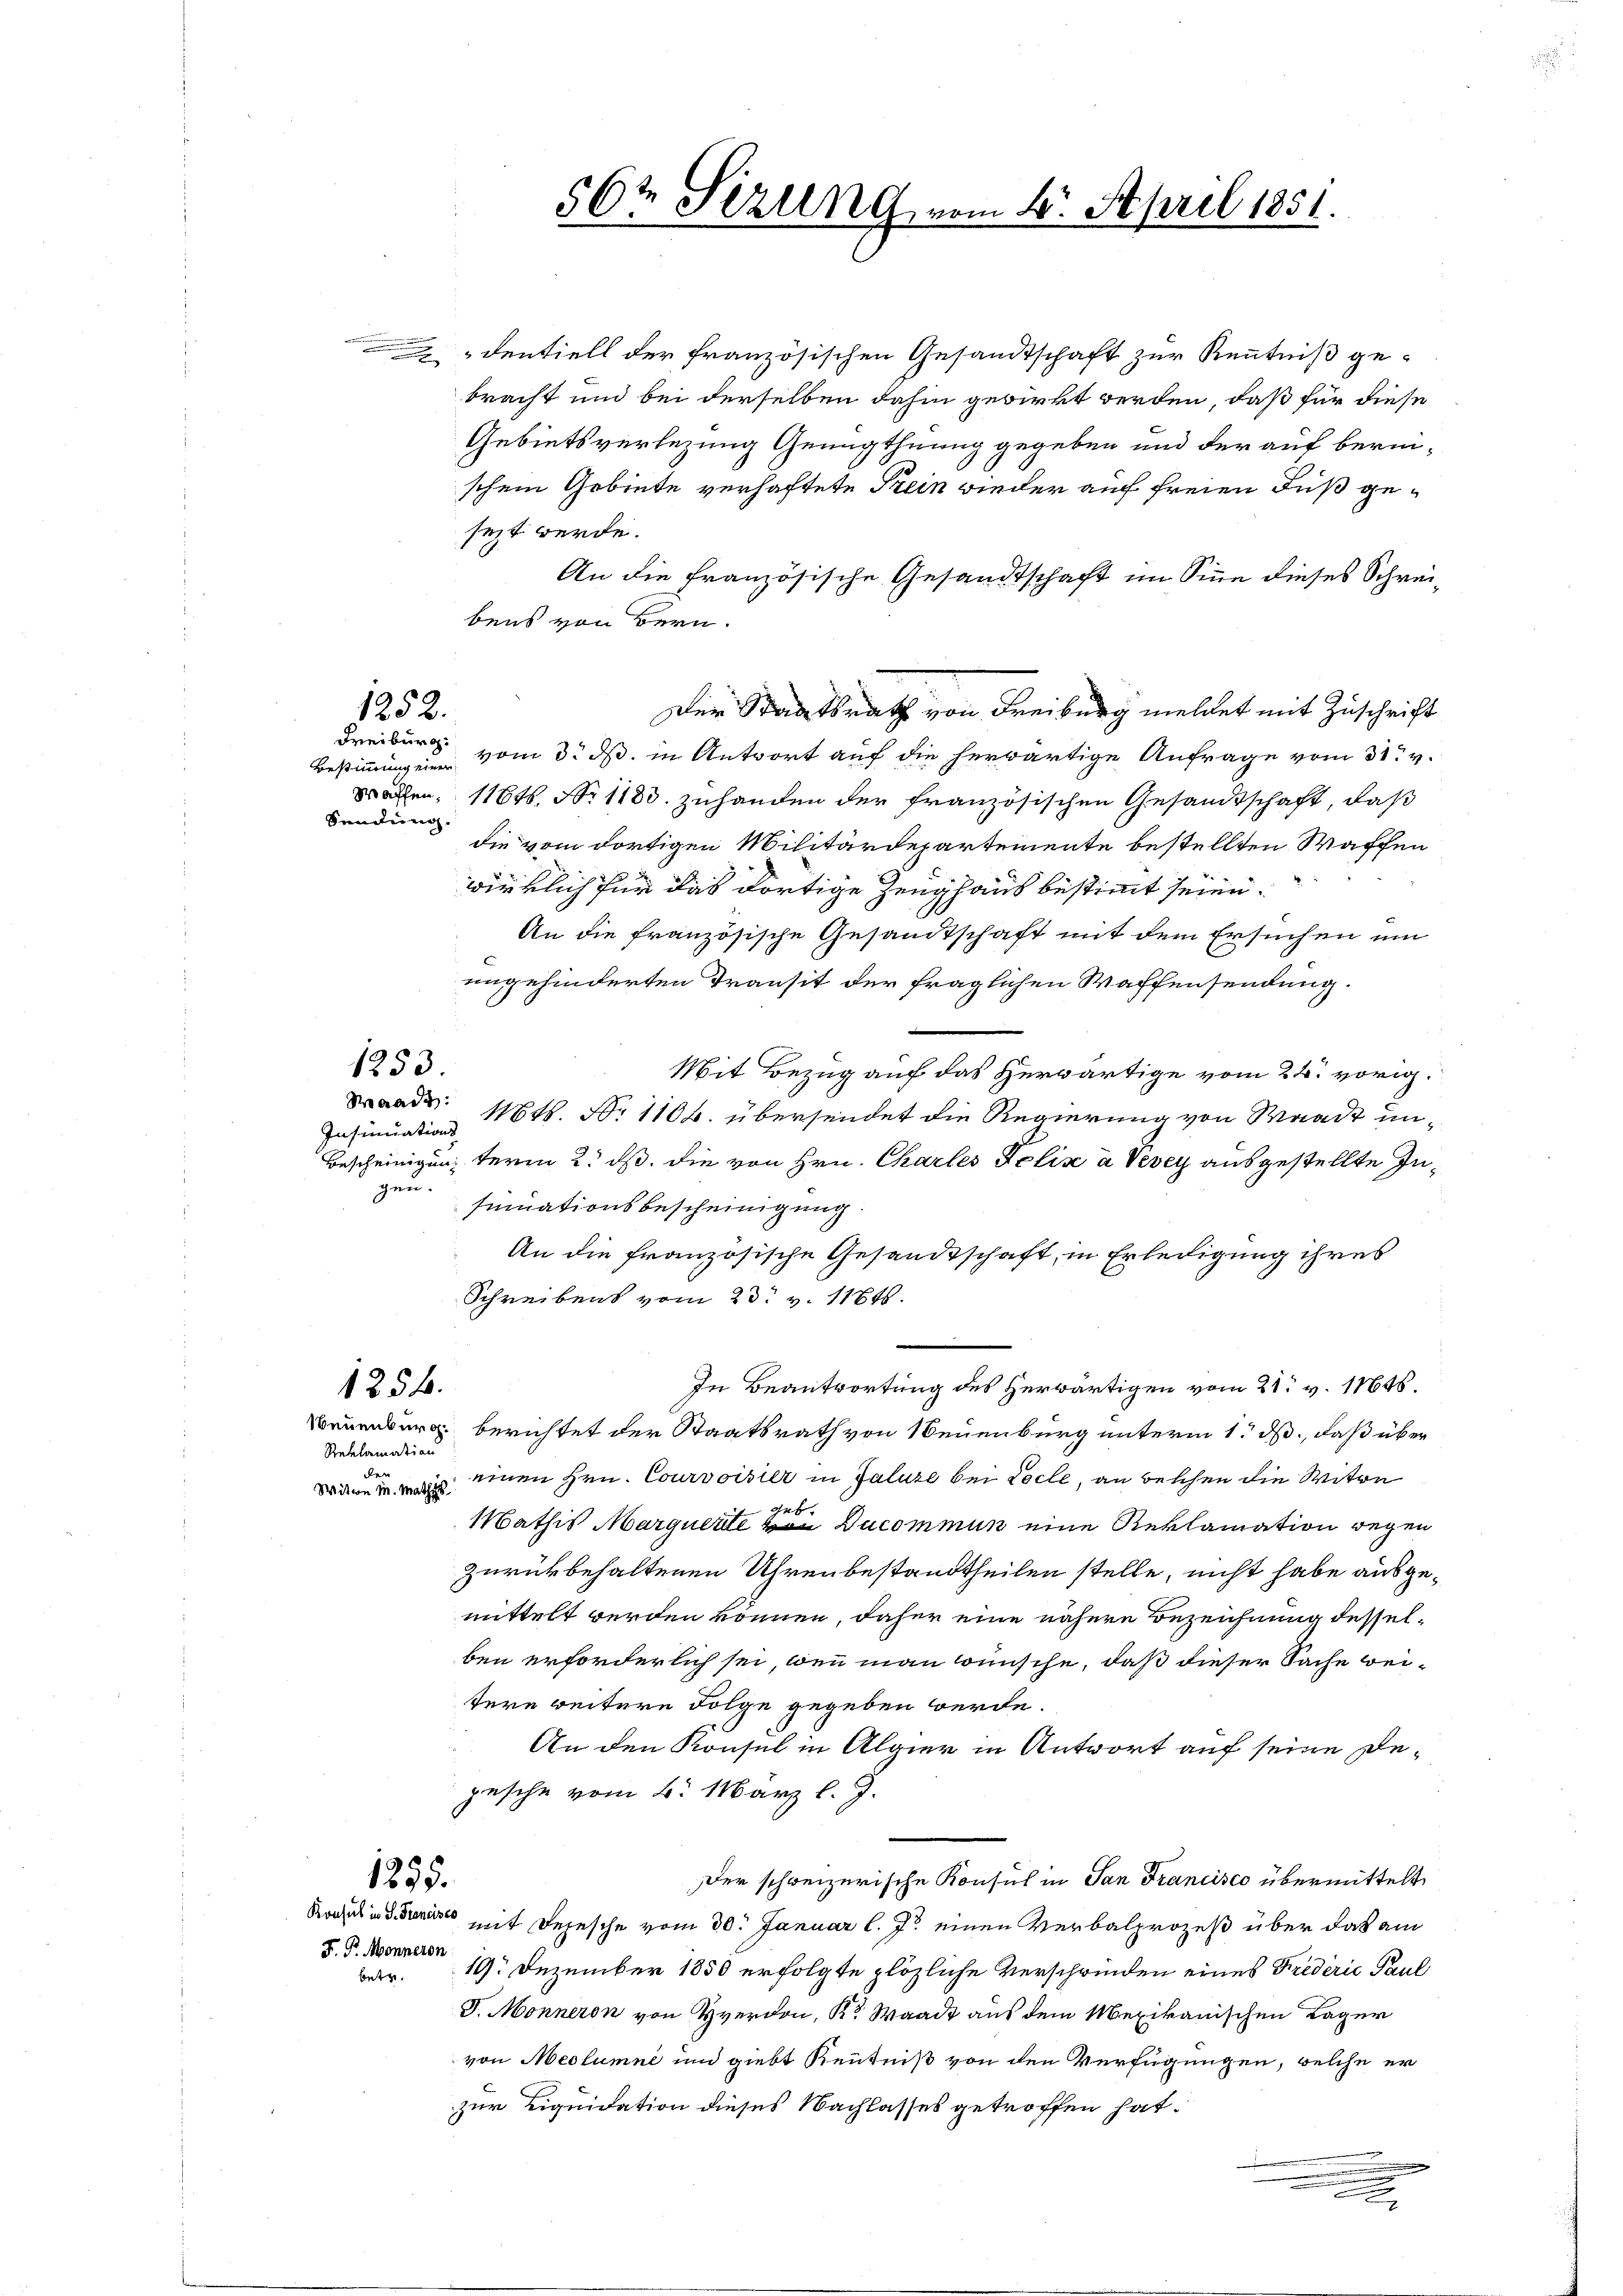
Sandlung.

dentiell der französischen Gesandtschaft zur Kenntniß gebracht und bei derselben dahin gewirkt werden, daß für diese
Gebietsverlegung Genugthuung gegeben und der auf berischem Gebiete verhaftete Frein wieder auf freien Fuß gesezt werde.
An die Französische Gesandtschaft im Sinne dieses Schreibens von Bern.
Der Staatsrath von Freiburg meldet mit Zuschrift
Freiburg vom 3. ds. in Antwort auf die herwärtige Anfrage vom 31. v.
Wachen, 11646. No 1188 zuhanden der französischen Gesandtschaft, daß
die vom dortigen Militärdepartemente bestellten Waffen
wirklich für das dortige Zeughaus bestimmt seien.
An die französische Gesandtschaft mit dem Ersuchen um
angehinderten Transit der fraglichen Waffensendung.
Mit Bezug auf das herwärtige vom 24. vorig
d. Mts. N. 1106. übersendet die Regierung von Waadt un¬
Insinuations
bescheinigung term 2. ds. die von Hrn. Charles Felix à Vevey ausgestellte Ingen.
sinuationsbescheinigung
An die französische Gesandtschaft, in Erledigung ihres
Schreibens vom 23. v. 11646.
In Beantwortung des herwärtigen vom 21. v. 11646.
1854.
Neuenburg berichtet der Staatsrath von Neuenburg unterm 1. ds., daß über
Reklamation
der
einen Hrn. Courvoisier in Faluse bei Pocle, an beschen die Witwe
Witwe M. Mathis
get.
Mathis Marquerte von Ducommun eine Reklamation wegen
zurückbehaltenen Uhrenbestandtheilen stelle, nicht habe ausgemittelt werden können, daher eine nähere Bezeichnung desselben erforderlich sei, wenn man wünsche, daß dieser Sache weitere weitere Folge gegeben werde.
An den Konsul in Algier in Antwort auf seine Depesche vom 6. März l. J.
Der schweizerische Konsul in San Francisco übermittelt
1255.
Koches in d. Gener mit Depesche vom 30. Januar l. Js. einen Verbalprozeß über das am
F. P. Monneren
19. Dezember 1850 erfolgte plözliche Verschwinden eines Fredérić Paul
betr.
J. Monneron von Herdon, Kr Waadt aus dem Mexikanischen Lager
von Meclumne und giebt Kenntniß von den Verfügungen, welche er
zur Liquidation dieses Nachlasses getroffen hat.

1252.

Bestimmung einer

1253

56t Sezung vom 4. April 1851.